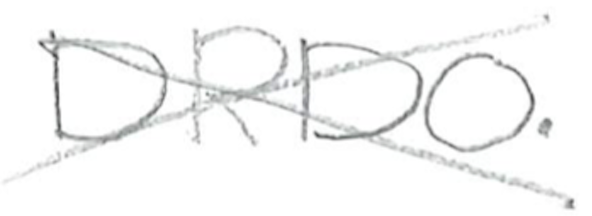
Text: DRDO.
Cross-out: cross
Writing tool: pencil